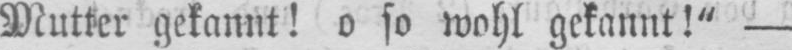
Mutter gekannt! o so wohl gekannt!” -